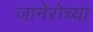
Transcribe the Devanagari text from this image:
जानेरोच्या